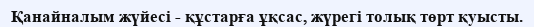
Қанайналым жүйесі - құстарға ұқсас, жүрегі толық төрт қуысты.